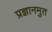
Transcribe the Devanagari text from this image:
प्रज्ञानमुत